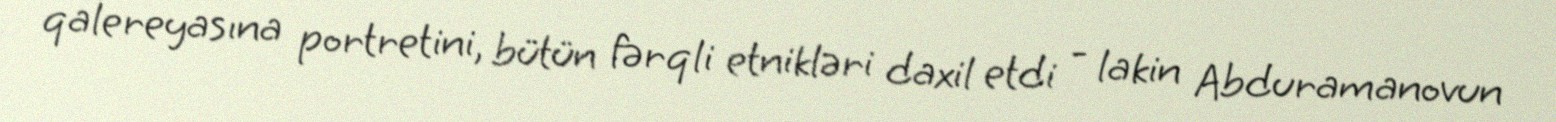
qalereyasına portretini, bütün fərqli etnikləri daxil etdi - lakin Abduramanovun